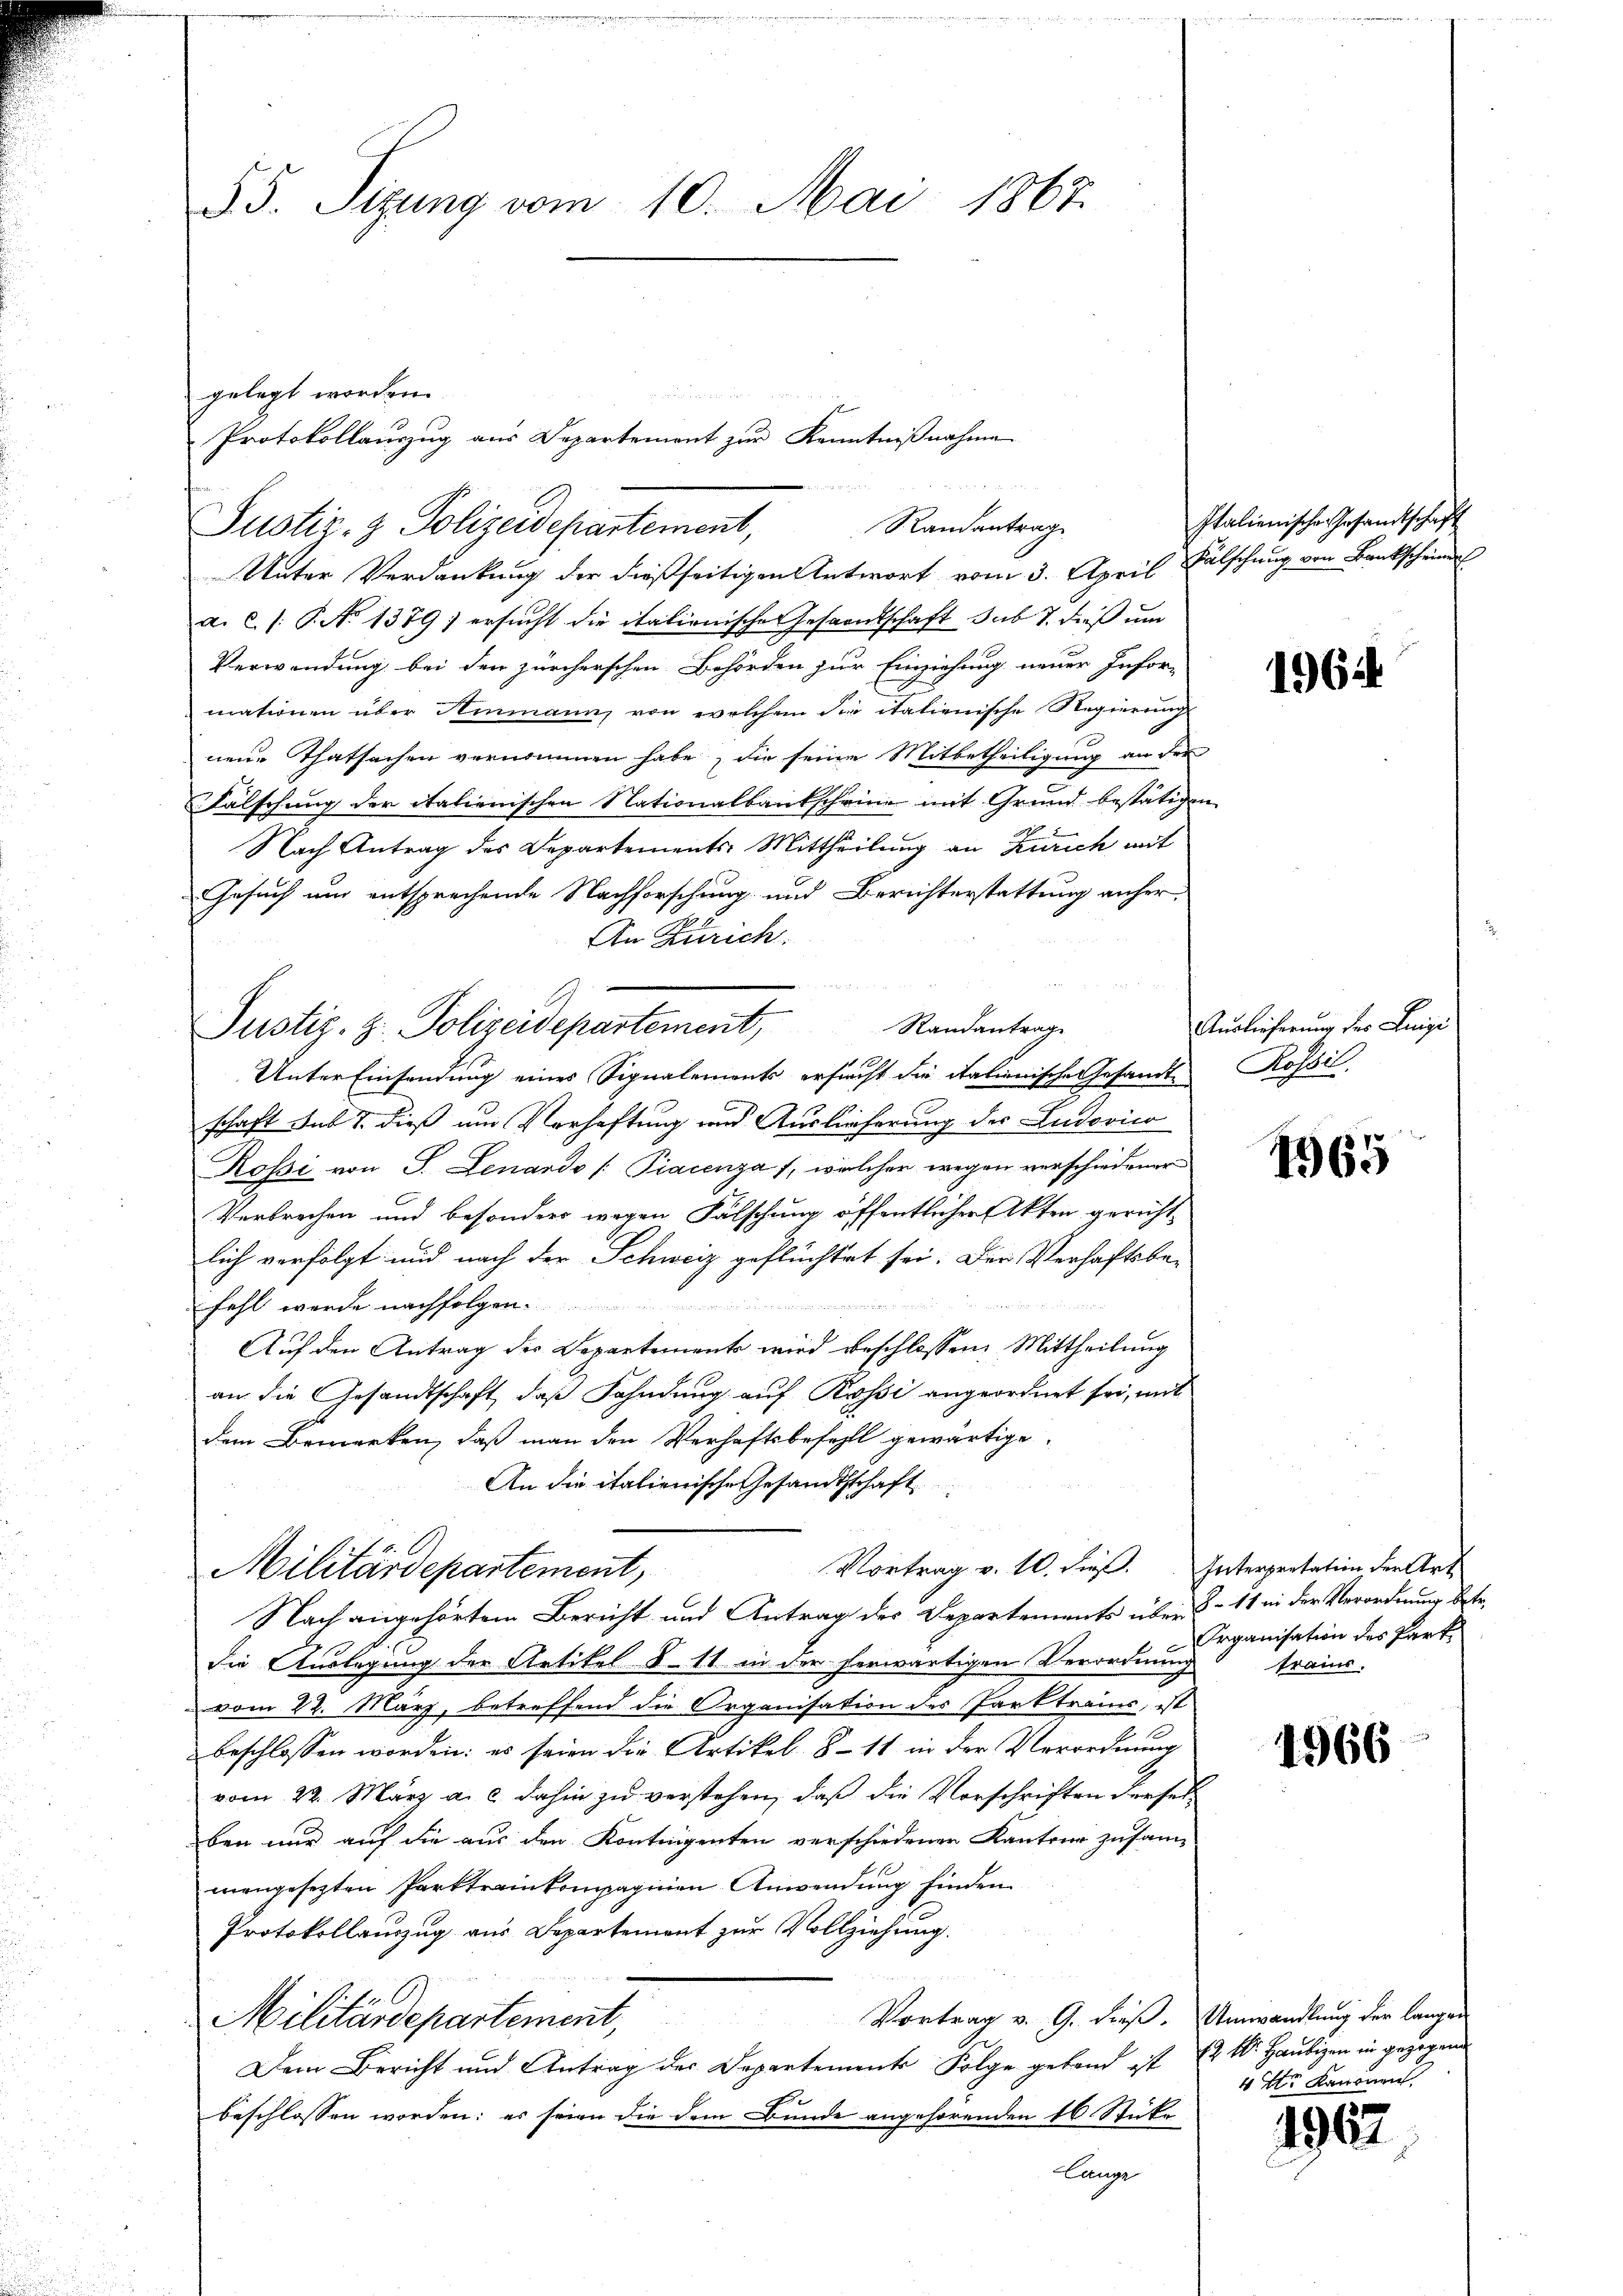
§. 5. Sizung vom 10. Mai 1867.

gelegt worden.
Justiz- & Polizeidepartement,
Unter Verdankung der dießseitigen Antwort vom 3. April
a. c. /: P. No 1379) ersucht die italionische Gesamtschaft sub 7. dieß um
Verwendung bei den zürcherschen Behörden zur Einziehung neuer Infor-
mationen über Ammann, von welchem die italienische Regierung
neue Thatsachen vernommen habe, die seine Mitbetheiligung an der
Falschung der italienischen Nationalbankscheine mit Grund bestätigen
Nach Antrag des Departements Mittheilung an Zürich mit
Gesuch und entsprechende Nachforschung und Berichterstattung anher¬
An Zürich
Randantrage
Unter Einsendung eines Signalements ersucht die italienische Gesandte Rossil
schaft sub 7. dieß um Verhaftung und Auslieferung des Ludovico
Rossi von S. Lenardo [Piacenza 1, welcher wegen verschiedener
Verbrechen und besonders wegen Falschung öffentlicher Akten gericht-
lich verfolgt und nach der Schweiz geflüchtet sei. Der Verhaftsbe-
fahl werde nachfolgen.
Auf den Antrag des Departements wird beschlossen: Mittheilung
an die Gesandtschaft, daß Fahndung auf Kossi angeordnet sei, mit
dem Bemerken, daß man den Verhaftsbefehll gewärtige,
An die italienische Gesandtschaft
Vortrag v. 10. dieß. Interpretation der Art
Militärdepartement,
Nach angehörtem Bericht und Antrag der Departements über S. 11 in der Verordnung betr.
die Auslegung der Artikel 8-11 in der herwärtigen Verordnung
vom 22. März, betreffend die Organisation des Parktrains, ist
beschlossen worden: es seien die Artikel 8 - 11 in der Verordnung
vom 22. März a. c. dahin zu verstehen, daß die Vorschriften derselben nur auf die aus den Kontrigenten verschiedenen Kantone zusam-
mangesezten Parktrainkompaginen Anwendung finden
Protokollauszug aus Departement zur Vollziehung.
Vortrag v. 9. dieß. Umwandlung der langen
Militärdepartement,
Dem Bericht und Antrag des Departements Folge geband ist (21. Haubigen in gezogenen
beschlossen worden; es seien die dem Bunde angehörenden 16 Stücke
Lange

e
Protokollaŭszŭg aŭs Departement zŭr Kenntniβnahme

Randantrag

Justiz- z. Polizeidepartement,

Italienische Gesandtschaft
Fälschung von Bankscheiner

1964.

Auslieferung der Luigi

1965

Organisation des Park
tramms.

1966

4 4tr Kanonen.

1962